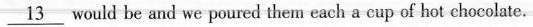
\underline{13} would be and we poured them each a cup of hot chocolate.